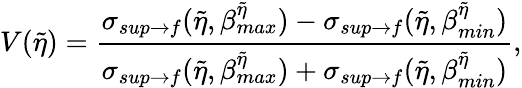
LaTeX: V(\tilde{\eta})=\frac{\sigma_{sup\rightarrow f}(\tilde{\eta},\beta_{max}^{\tilde{\eta}})-\sigma_{sup\rightarrow f}(\tilde{\eta},\beta_{min}^{\tilde{\eta}})}{\sigma_{sup\rightarrow f}(\tilde{\eta},\beta_{max}^{\tilde{\eta}})+\sigma_{sup\rightarrow f}(\tilde{\eta},\beta_{min}^{\tilde{\eta}})},